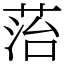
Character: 菭